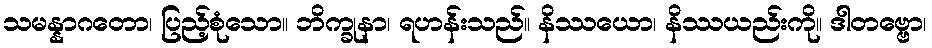
သမန္နာဂတော၊ ပြည့်စုံသော။ ဘိက္ခုနာ၊ ရဟန်းသည်။ နိဿယော၊ နိဿယည်းကို။ ဒါတဗ္ဗော၊